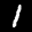
Label: 1